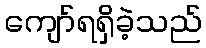
ကျော်ရရှိခဲ့သည်